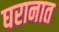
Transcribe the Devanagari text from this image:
घरानात